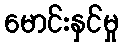
မောင်းနှင်မှု